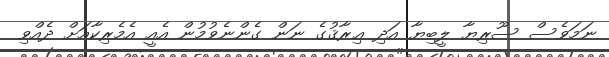
ނަމަވެސް ސޫރިޔާ ލީބިޔާ އަދި ޢިރާޤުގެ ނަން ގެންނެވުމުން އެއީ އެމެރިކާއަށް ދެއްވި